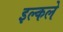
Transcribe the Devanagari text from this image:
इल्कले